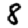
Digit: 8